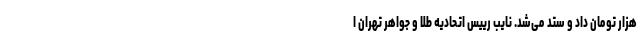
هزار تومان داد و ستد می‌شد. نایب رییس اتحادیه طلا و جواهر تهران ا